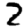
Digit: 2